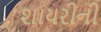
શાયરીની